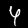
Label: 4